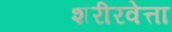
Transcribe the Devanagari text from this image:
शरीरवेत्ता